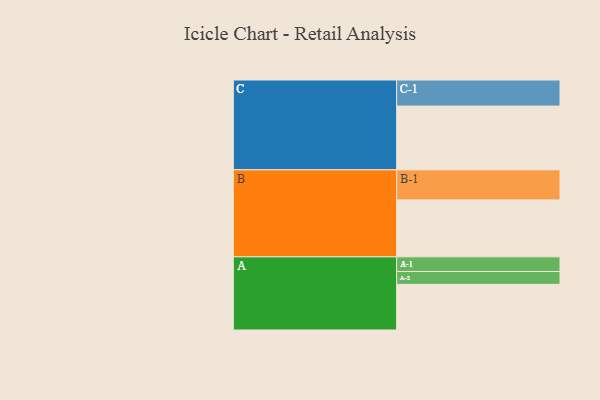
{"axis": {"x": "Segment", "y": "Value"}, "legend": ["", "A", "B", "C"], "data": [{"x": "A", "y": 411, "type": ""}, {"x": "B", "y": 513, "type": ""}, {"x": "C", "y": 574, "type": ""}, {"x": "A-1", "y": 132, "type": "A"}, {"x": "A-2", "y": 116, "type": "A"}, {"x": "B-1", "y": 271, "type": "B"}, {"x": "C-1", "y": 235, "type": "C"}]}